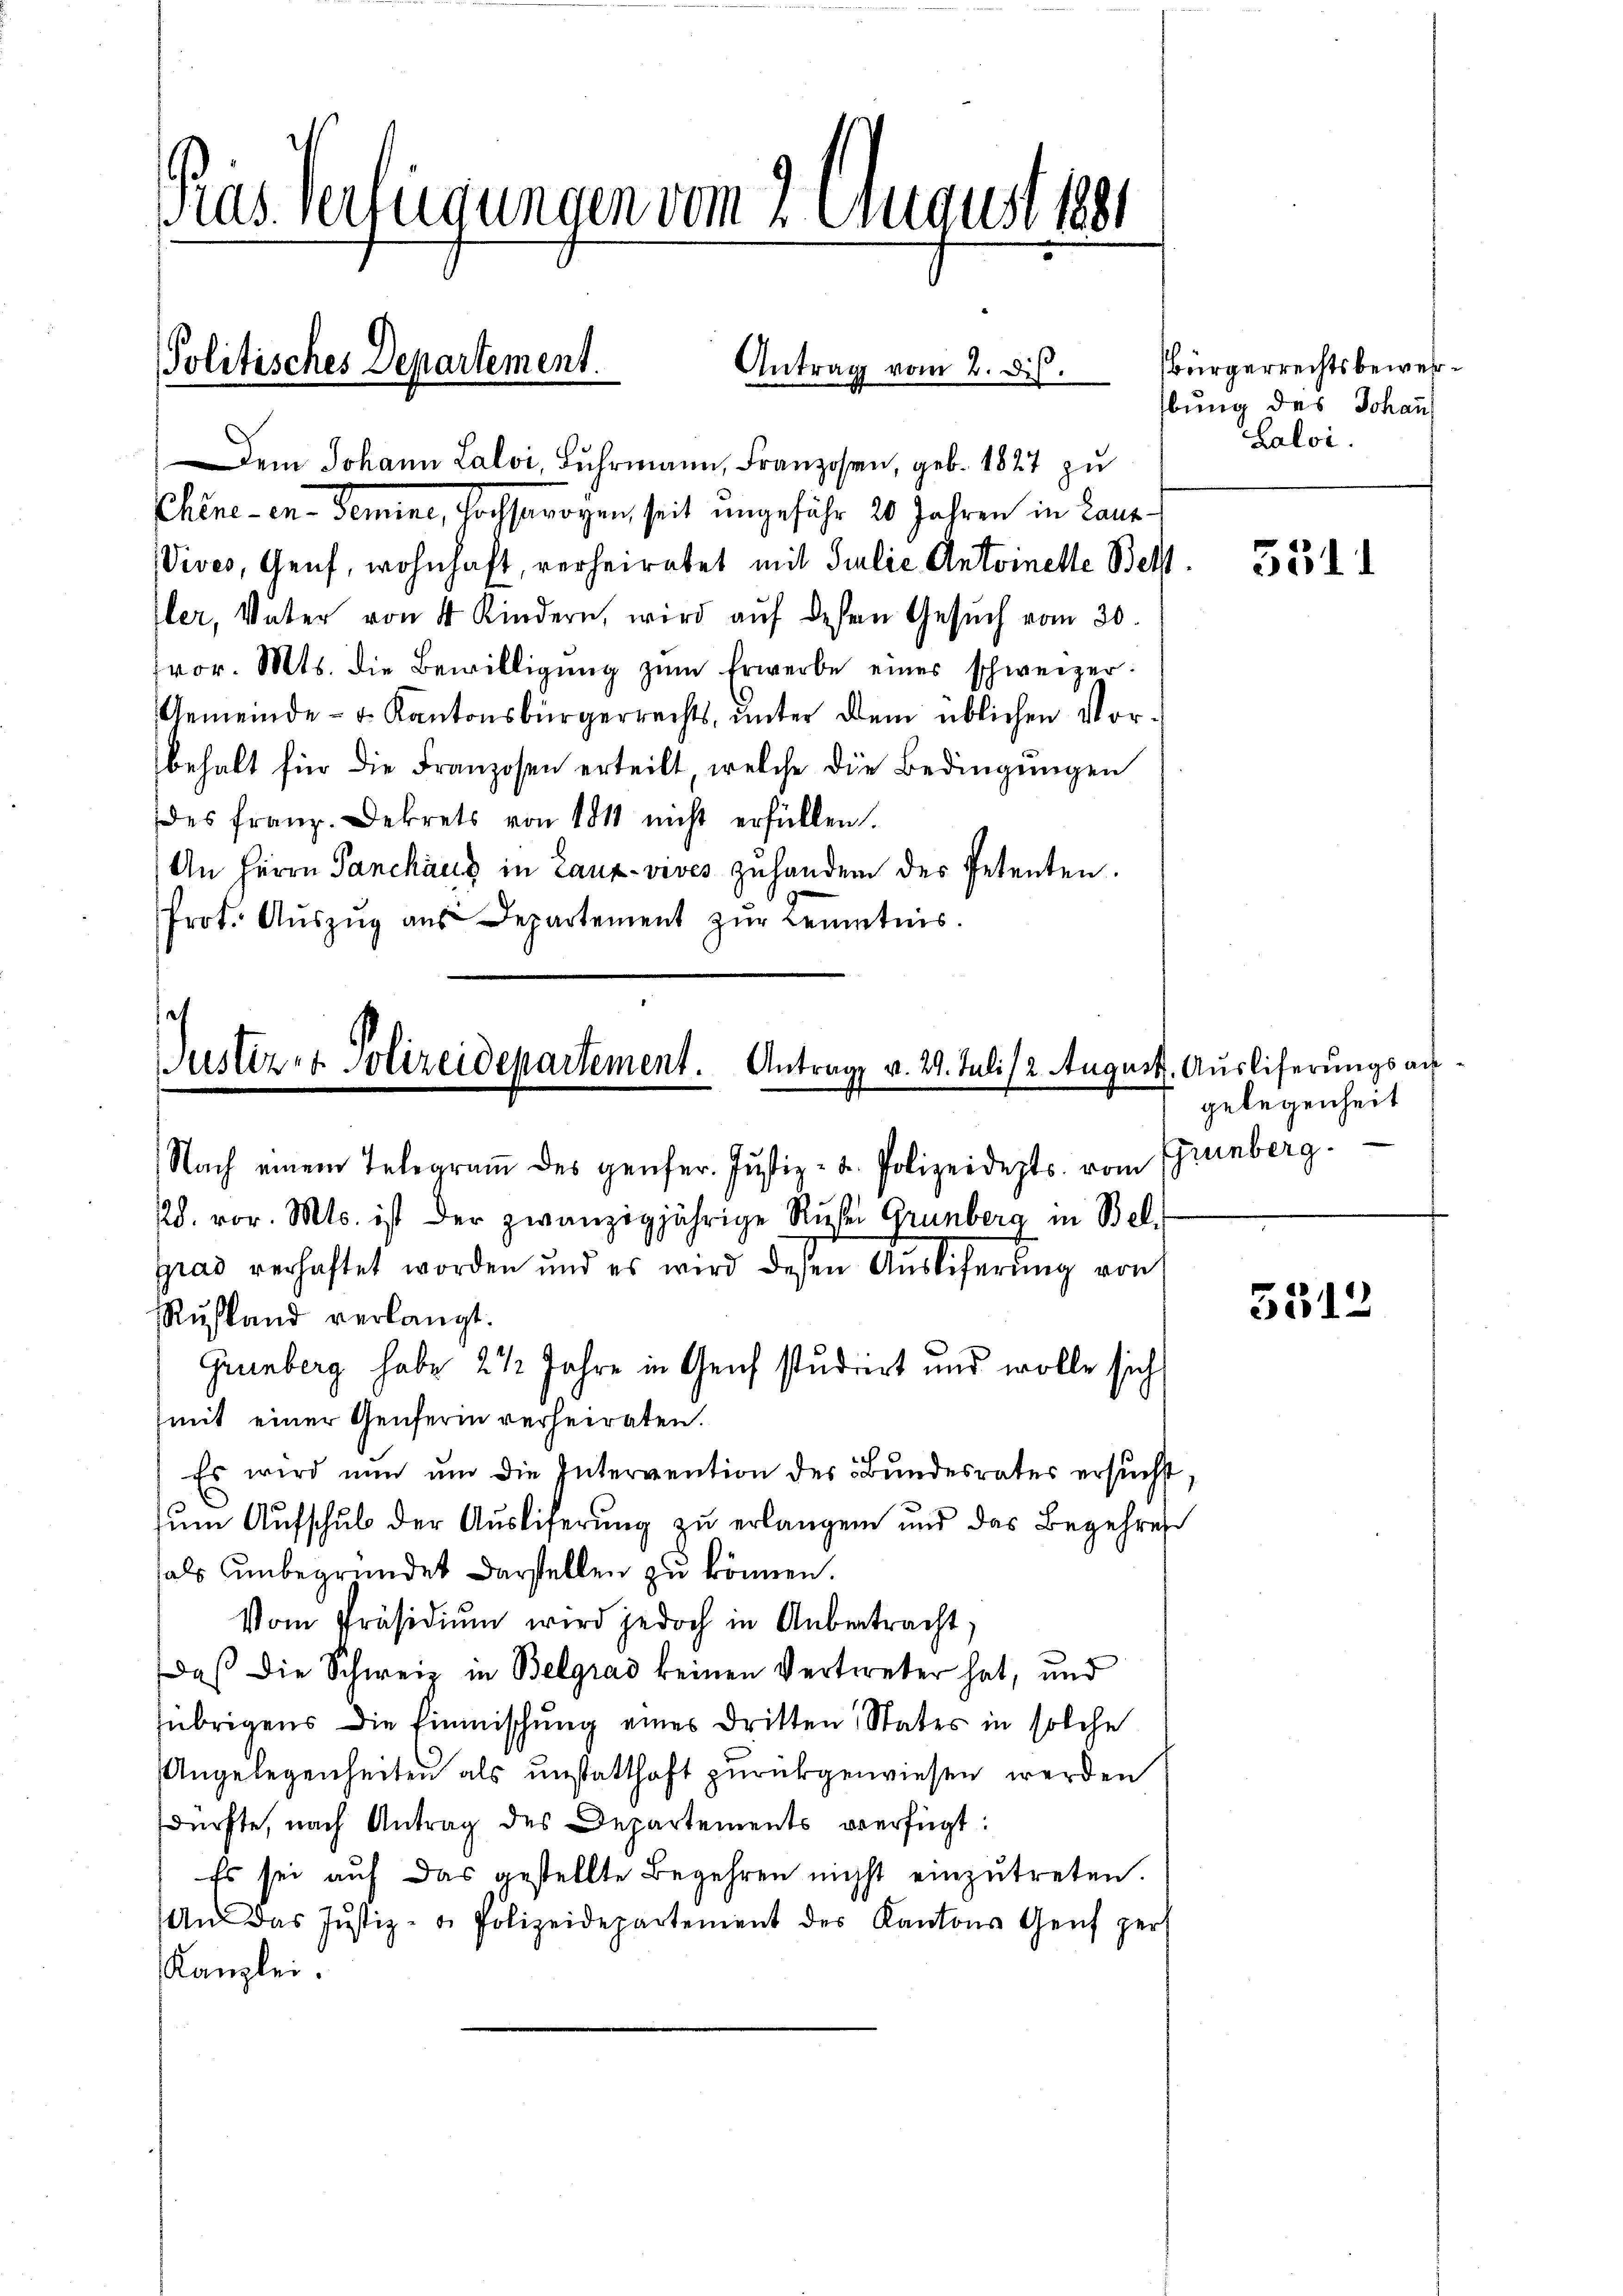
ras. Verfügungen vom 2. August 1881

Politisches Departement.
Antrag vom 2. ds.

Dem Johann Lalvi, Fuhrmann, Franzosen, geb. 1827 zu
Chene - in - Semine, hochsarogen, seit ungefähr 20 Jahren in Laus
Vives, Genf, wohnhaft, verheiratet mit Silie Antoinette Bett.
Iler, Vater von 4 Kindern, wird aŭf dessen Gesŭch vom 30.
vor. Mts. die Bewilligŭng zŭm Erwerbe eines schweizer.
Gemeinde- u. Kantonsbürgerrechts, unter dem üblichen Vor-
behalt für die Franzosen erteilt, welche die Bedingungen
des franz. Dekrets von 1811 nicht erfüllen.
An Herrn Panchaus in Lauz-vives zuhandern des Petenten.
Prot. Aŭszŭg aŭs Departement zŭr Kenntnis.

Justiz- & Polizeidepartement. Antrage v. 29. Juli/2 August. Ausliferungsan¬
Nach einem Telegram des gefer. Jŭstiz- u. Polizeidepts. vom Ehrenberg.

28. vor. Mts. ist der zwanzigjährige Ruhe Grünberg in Bel
gras verhaftet worden und es wird deßen Auslieferung von

Rustand verlangt.
Grünberg habe 2 1/2 Jahre in Geich studiert und wolle sich
mit einer Genfern verheiraten.

Bürgerrechtsbewerbung des Johann
Laloi.

Es wird nun um die Intervention des Bundesrates ersucht,
zum Aufschul der Ausliferung zu erlangen und das Begehres
fals unbegründet darstellen zu können.
Vom Präsidiŭm wird jedoch in Anbetracht,
Daß die Schweiz in Belgrad keinen Vertreter hat, und
(übrigens die Einmischung eines dritten States in solche
Angelegenheiten als unstatthaft zurückgewiesen werden
dürfte, nach Antrag des Departements verfügt:
Es sei auf das gestellte Begehren nicht einzutreten.
An das Justiz- u. Polizeidepartement des Kantons Genf per
Kanzlei.

531

gelegenheit

5312